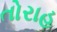
તોરાહ